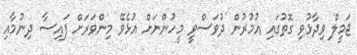
ޖަމީލް ވިދާޅުވި ގޮތުގައި އުމުރުން ދުވަސްވީ މީހުންނަށް އުޅެވޭ މިންވަރަށް ފައިސާ ދިނުމާއި